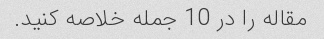
مقاله را در 10 جمله خلاصه کنید.